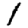
Digit: 1